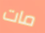
مات